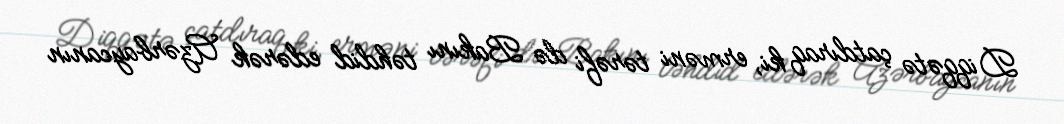
Diqqətə çatdıraq ki, erməni tərəfi də Bakını təhdid edərək Azərbaycanın